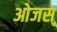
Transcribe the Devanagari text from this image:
ओजस्‌